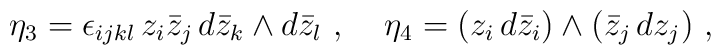
\eta_3 = \epsilon_{ijkl} \, z_i \bar{z}_j \, d\bar{z}_k \wedge d\bar{z}_l \ , \;\;\;\;\eta_4 = (z_i \, d\bar{z}_i) \wedge (\bar{z}_j \, dz_j) \ , \;\;\;\;